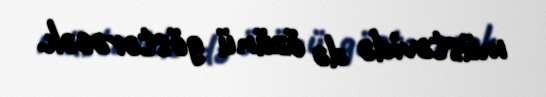
müstəvidə də özünü göstərəcək.